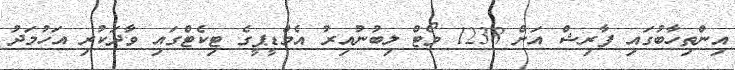
އިންތިހާބުގައި ފާރިޝް އަށް 1238 ވޯޓް ލިބުނުއިރު އެމްޑީޕީގެ ޓިކެޓްގައި ވާދަކުރި އަހުމަދު